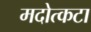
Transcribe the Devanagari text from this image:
मदोत्कटा